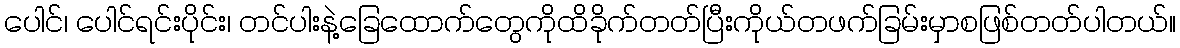
ပေါင်၊ ပေါင်ရင်းပိုင်း၊ တင်ပါးနဲ့ခြေထောက်တွေကိုထိခိုက်တတ်ပြီးကိုယ်တဖက်ခြမ်းမှာစဖြစ်တတ်ပါတယ်။